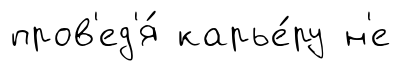
пров'ед'я́ карье́ру н'е